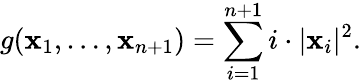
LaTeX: g(\mathbf{x}_{1},\ldots,\mathbf{x}_{n+1})=\sum_{i=1}^{n+1}i\cdot|\mathbf{x}_{i}|^{2}.